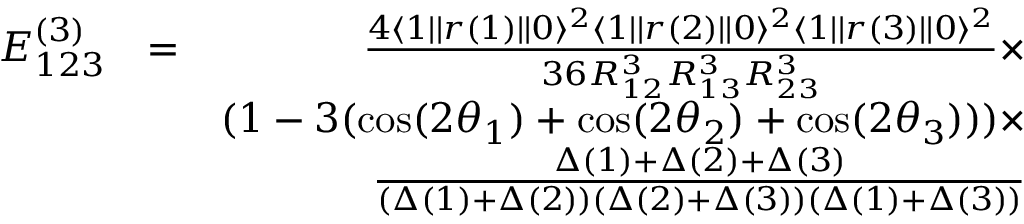
\begin{array} { r l r } { E _ { 1 2 3 } ^ { ( 3 ) } } & { = } & { \frac { 4 \langle 1 | | r ( 1 ) | | 0 \rangle ^ { 2 } \langle 1 | | r ( 2 ) | | 0 \rangle ^ { 2 } \langle 1 | | r ( 3 ) | | 0 \rangle ^ { 2 } } { 3 6 R _ { 1 2 } ^ { 3 } R _ { 1 3 } ^ { 3 } R _ { 2 3 } ^ { 3 } } \times } \\ & { } & { ( 1 - 3 ( \cos ( 2 \theta _ { 1 } ) + \cos ( 2 \theta _ { 2 } ) + \cos ( 2 \theta _ { 3 } ) ) ) \times } \\ & { } & { \frac { \Delta ( 1 ) + \Delta ( 2 ) + \Delta ( 3 ) } { ( \Delta ( 1 ) + \Delta ( 2 ) ) ( \Delta ( 2 ) + \Delta ( 3 ) ) ( \Delta ( 1 ) + \Delta ( 3 ) ) } } \end{array}